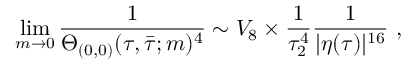
\operatorname * { l i m } _ { m \rightarrow 0 } \frac { 1 } { \Theta _ { ( 0 , 0 ) } ( \tau , \bar { \tau } ; m ) ^ { 4 } } \sim V _ { 8 } \times \frac { 1 } { \tau _ { 2 } ^ { 4 } } \frac { 1 } { | \eta ( \tau ) | ^ { 1 6 } } ~ ,